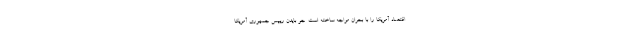
اقتصاد آمریکا را با بحران مواجه ساخته است. جو بایدن رییس جمهوری آمریکا